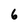
Character: 6